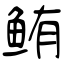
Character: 鲔